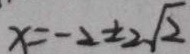
x = - 2 \pm 2 \sqrt { 2 }